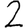
Digit: 2